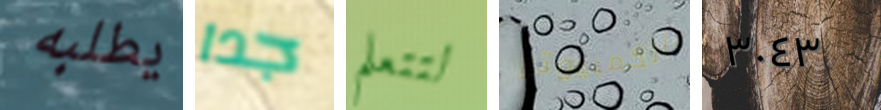
يطلبه جدا لتتعلم بالكمبيوتر ٣٠٤٣